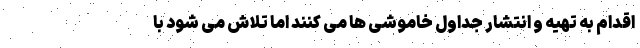
اقدام به تهیه و انتشار جداول خاموشی ها می کنند اما تلاش می شود با